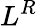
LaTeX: L^{R}